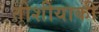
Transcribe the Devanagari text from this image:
तोशीयाकी